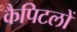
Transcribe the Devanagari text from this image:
कैपिटलों